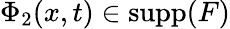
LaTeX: \Phi_{2}(x,t)\in\mathrm{supp}(F)